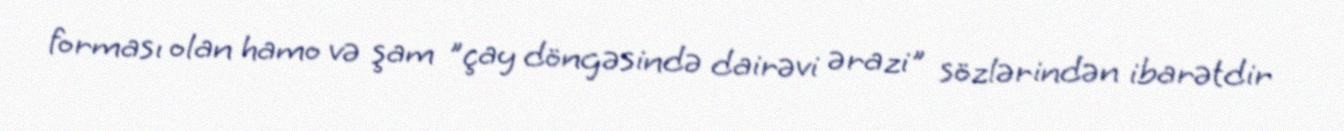
forması olan hamo və şam "çay döngəsində dairəvi ərazi" sözlərindən ibarətdir